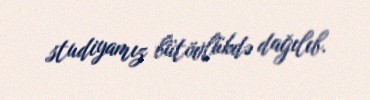
studiyamız bütövlükdə dağılıb.